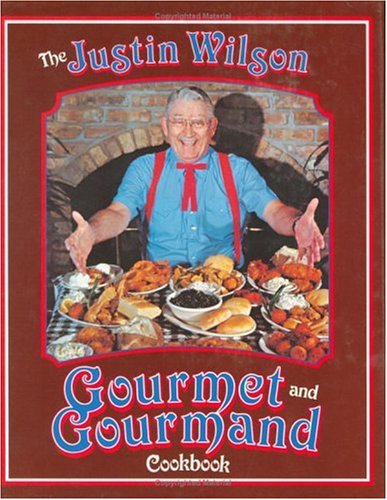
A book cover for The Justin Wilson Gourmet and Gourmand Cookbook; Justin Wilson; Cookbooks, Food & Wine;